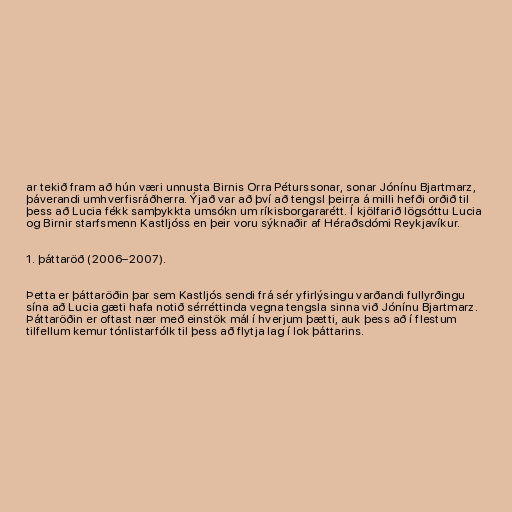
ar tekið fram að hún væri unnusta Birnis Orra Péturssonar, sonar Jónínu Bjartmarz,
þáverandi umhverfisráðherra. Ýjað var að því að tengsl þeirra á milli hefði orðið til
þess að Lucia fékk samþykkta umsókn um ríkisborgararétt. Í kjölfarið lögsóttu Lucia
og Birnir starfsmenn Kastljóss en þeir voru sýknaðir af Héraðsdómi Reykjavíkur.

1. þáttaröð (2006–2007).

Þetta er þáttaröðin þar sem Kastljós sendi frá sér yfirlýsingu varðandi fullyrðingu
sína að Lucia gæti hafa notið sérréttinda vegna tengsla sinna við Jónínu Bjartmarz.
Þáttaröðin er oftast nær með einstök mál í hverjum þætti, auk þess að í flestum
tilfellum kemur tónlistarfólk til þess að flytja lag í lok þáttarins.